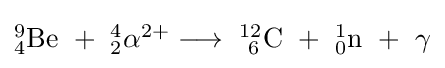
{\textstyle \mathrm {^{9}_{4}Be\ +\ _{2}^{4}\alpha ^{2+}\longrightarrow \ _{\ 6}^{12}C\ +\ _{0}^{1}n\ +\ \gamma } }